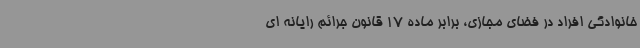
خانوادگی افراد در فضای مجازی، برابر ماده 17 قانون جرائم رایانه ای